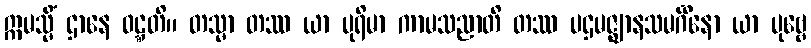
ဣမသ္မိံ ဌာနေ ဝဋ္ဋတိ။ တသ္မာ တဿ ယာ ပုရိမာ ကာမသညာတိ တဿ ပဌမဇ္ဈာနသမင်္ဂိနော ယာ ပုဗ္ဗေ